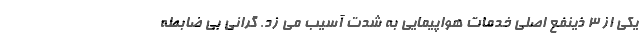
یکی از ۳ ذینفع اصلی خدمات هواپیمایی به شدت آسیب می زد. گرانی بی ضابطه